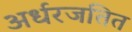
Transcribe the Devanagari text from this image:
अर्धरजतित